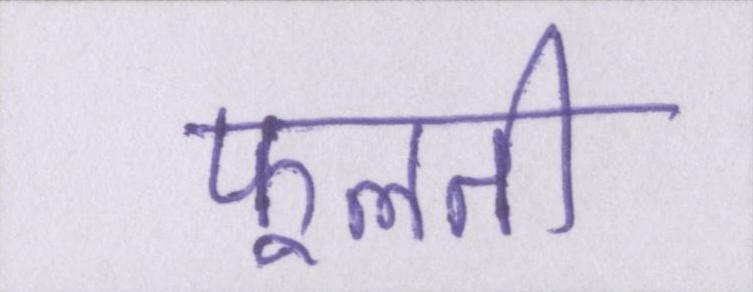
फूलती